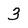
Character: 3